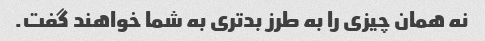
نه همان چیزی را به طرز بدتری به شما خواهند گفت.